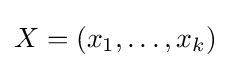
X=(x_{1},\dots ,x_{k})